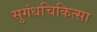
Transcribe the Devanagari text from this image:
सुगंधचिकित्सा